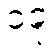
၁ခု